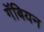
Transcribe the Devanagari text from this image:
गॅबियन